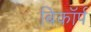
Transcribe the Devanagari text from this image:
बिकॉर्प